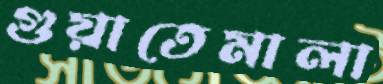
গুয়াতেমালা